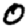
Digit: 0